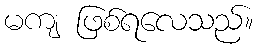
မကျ ဖြစ်ရလေသည်။